Lunatic asylums United Prov. 1922-30 - 1922-1930
Year: 1922
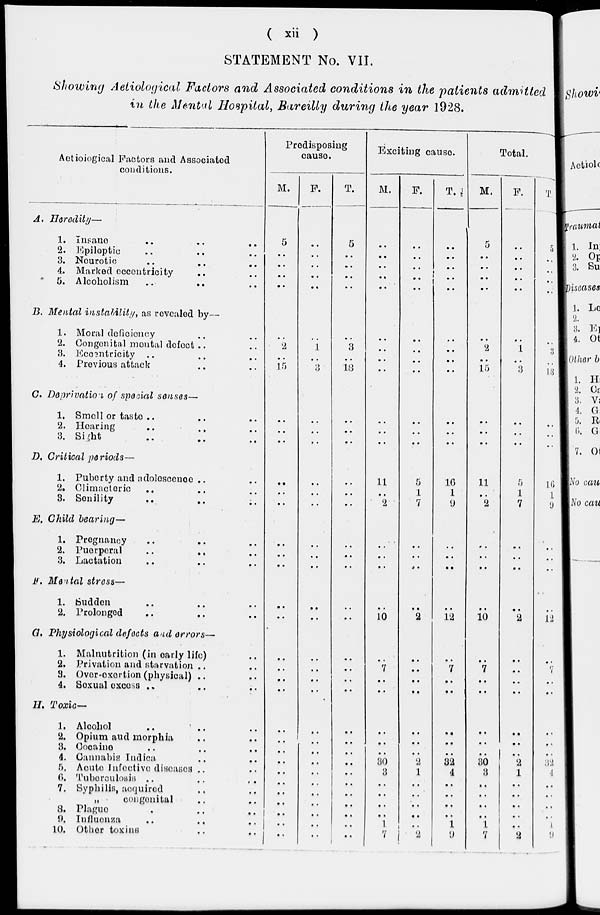
( xii )
STATEMENT No. VII.
Showing Aetiological Factors and Associated conditions in the patients admitted
in the Mental Hospital, Bareilly during the year 1928.
Actiological Factors and Associated
conditions.
A. Heredity—
1.
Insano
..
..
..
2. Epileptic .. .. ..
3. Neurotic .. .. ..
4. Marked e.ccentricity .. ..
5. Alcoholism
..
..
B. Mental instability, as revealed by—
1. Moral deficiency .. ..
2. Congenital mental defect .. ..
3. Eccentricity .. .. ..
4. Previous attack .. ..
C. Deprivation of special senses—
1. Smell or taste .. .. ..
2. Hearing .. .. ..
3. Sight .. .. ..
D. Critical periods—
1. Puberty and adoloscence .. ..
2. Climacteric .. .. ..
3. Senility
..
..
..
E. Child bearing—
1. Pregnancy .. .. ..
2. Puerperal
.. .. ..
3. Lactation .. .. ..
F. Mental stress—
1. Sudden .. .. ..
2. Prolonged .. .. ..
G. Physiological defects and errors—
1. Malnutrition (in oarly life) ..
2. Privation and starvation .. ..
3. Over-exertion (physical) .. ..
4. Sexual excess .. ..
H. Toxic—
1. Alcohol
..
.. ..
2. Opium and morphia .. ..
3. Cocaine .. .. ..
4. Cannabis Indica .. ..
5. Acute Infective diseases .. ..
6. Tuberculosis .. .. ..
7. Syphilis, acquired .. ..
„
congenital .. ..
8. Plague .. .. ..
9. Influenza .. .. ..
10. Other toxins .. ..
Predisposing
cause.
M.
5
..
..
..
..
..
2
..
15
..
..
..
..
..
..
..
..
..
..
..
..
..
..
..
..
..
..
..
..
..
..
..
..
..
..
F.
..
..
..
..
..
1
..
3
..
..
..
..
..
..
..
..
..
..
..
..
..
..
..
..
..
..
..
..
..
..
..
..
..
..
T.
5
..
..
..
..
..
3
..
18
..
..
..
..
..
..
..
..
..
..
..
..
..
..
..
..
..
..
..
..
..
..
..
..
..
..
Exciting cause.
M.
..
..
..
..
..
..
..
..
..
..
..
..
11
..
2
..
..
..
..
10
..
7
..
..
..
..
..
30
3
..
..
..
..
1
7
F.
..
..
..
..
..
..
..
..
..
..
..
..
5
1
7
..
..
..
..
2
..
..
..
..
..
..
..
2
1
..
..
..
..
..
2
T.
..
..
..
..
..
..
..
..
..
..
..
..
16
1
9
..
..
..
..
12
..
7
..
..
..
..
..
32
4
..
..
..
..
1
9
Total.
M.
5
..
..
..
..
..
2
..
15
..
..
..
11
..
2
..
..
..
..
10
..
7
..
..
..
..
..
30
3
..
..
..
..
1
7
F.
..
..
..
..
..
..
1
..
3
..
..
..
5
1
7
..
..
..
..
2
..
..
..
..
..
..
.. 2
1
..
..
..
..
..
2
T.
5
..
..
..
..
..
3
..
18
..
..
..
16
1
9
..
..
..
..
12
..
7
..
..
..
..
..
32
4
..
..
..
..
1
9